DOW-UAP-D49, Launch Summary, Vandenberg AFB, 2000
Agency: Department of War
Incident date: 2/3/00
Page 7
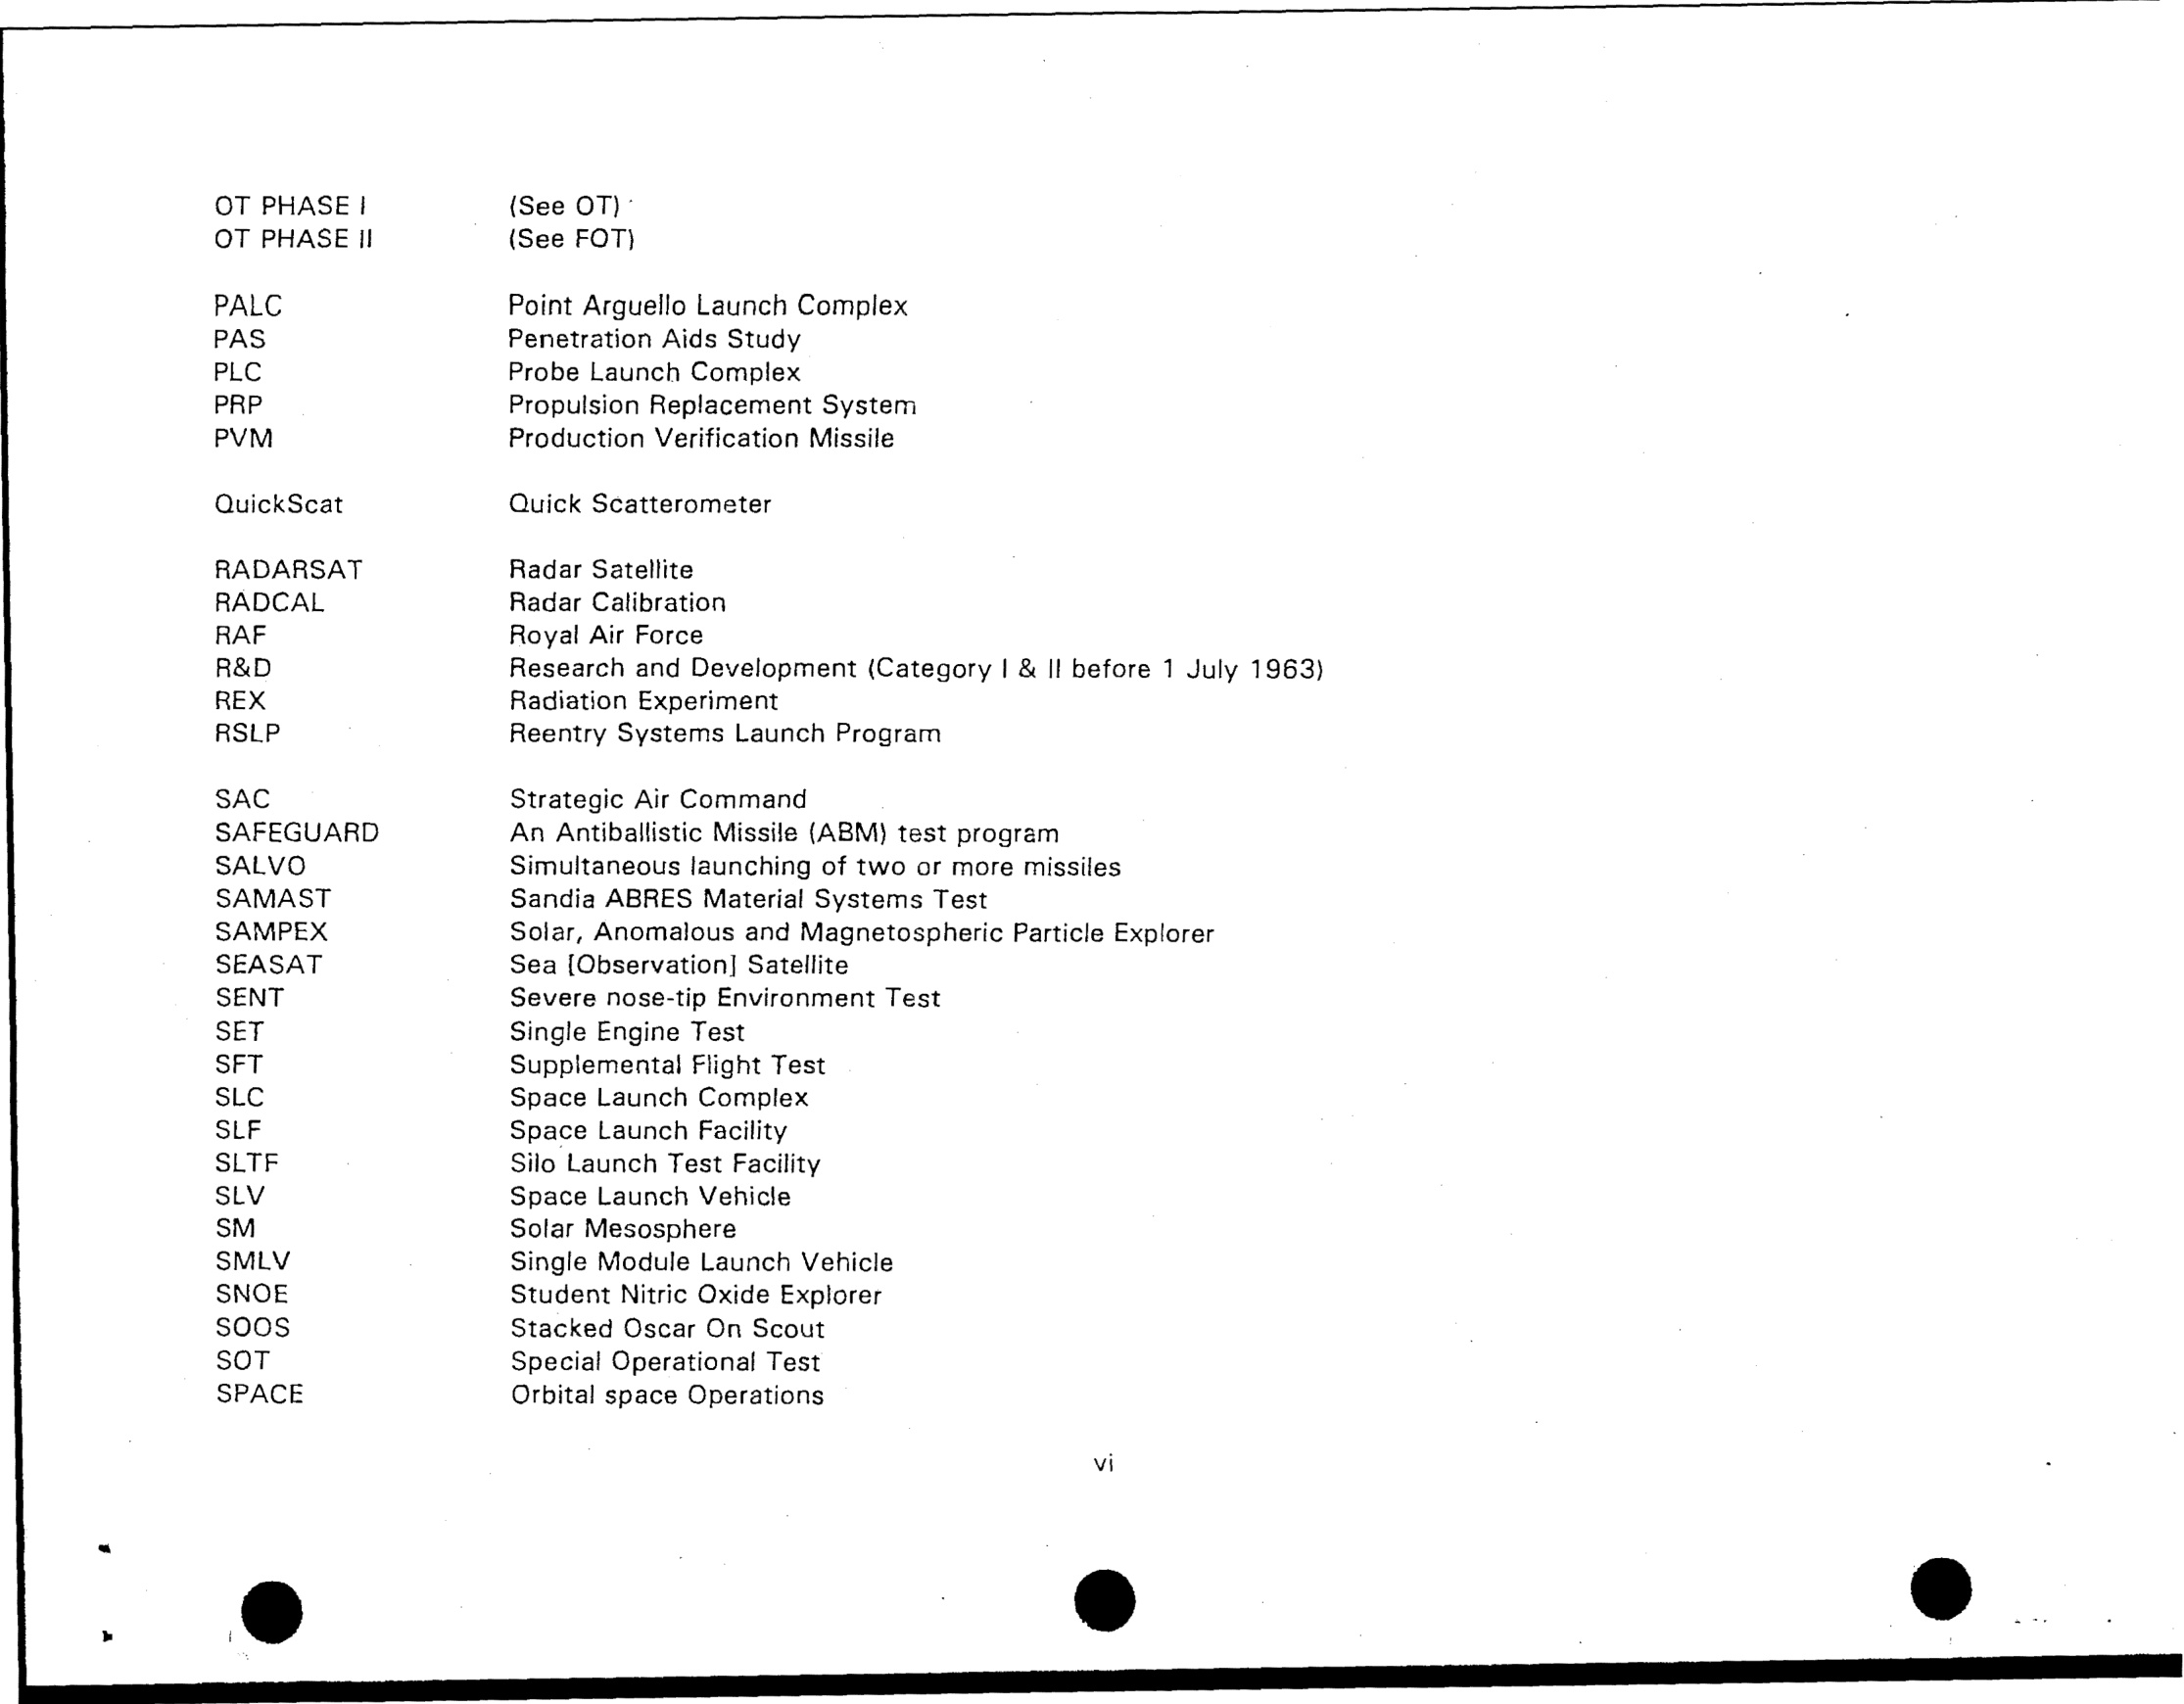